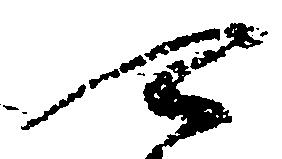
可